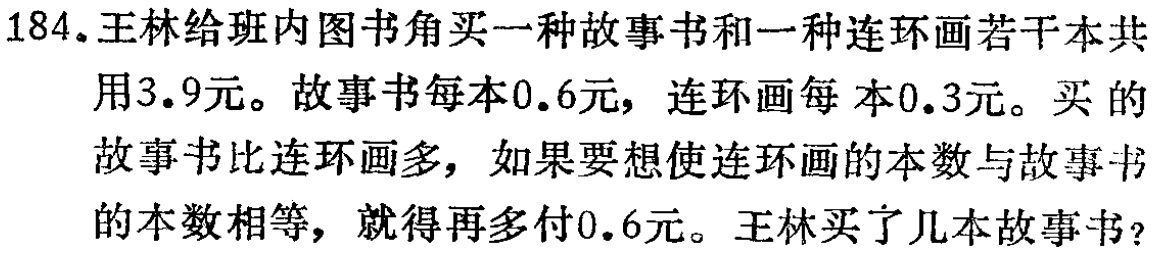
184.王林给班内图书角买一种故事书和一种连环画若干本共用3.9元。故事书每本0.6元，连环画每 本0.3元。买的故事书比连环画多，如果要想使连环画的本数与故事书的本数相等，就得再多付0.6元。王林买了几本故事书？